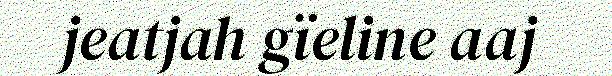
jeatjah gïeline aaj